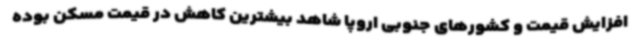
افزایش قیمت و کشورهای جنوبی اروپا شاهد بیشترین کاهش در قیمت مسکن بوده